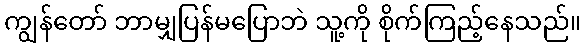
ကျွန်တော် ဘာမျှပြန်မပြောဘဲ သူ့ကို စိုက်ကြည့်နေသည်။